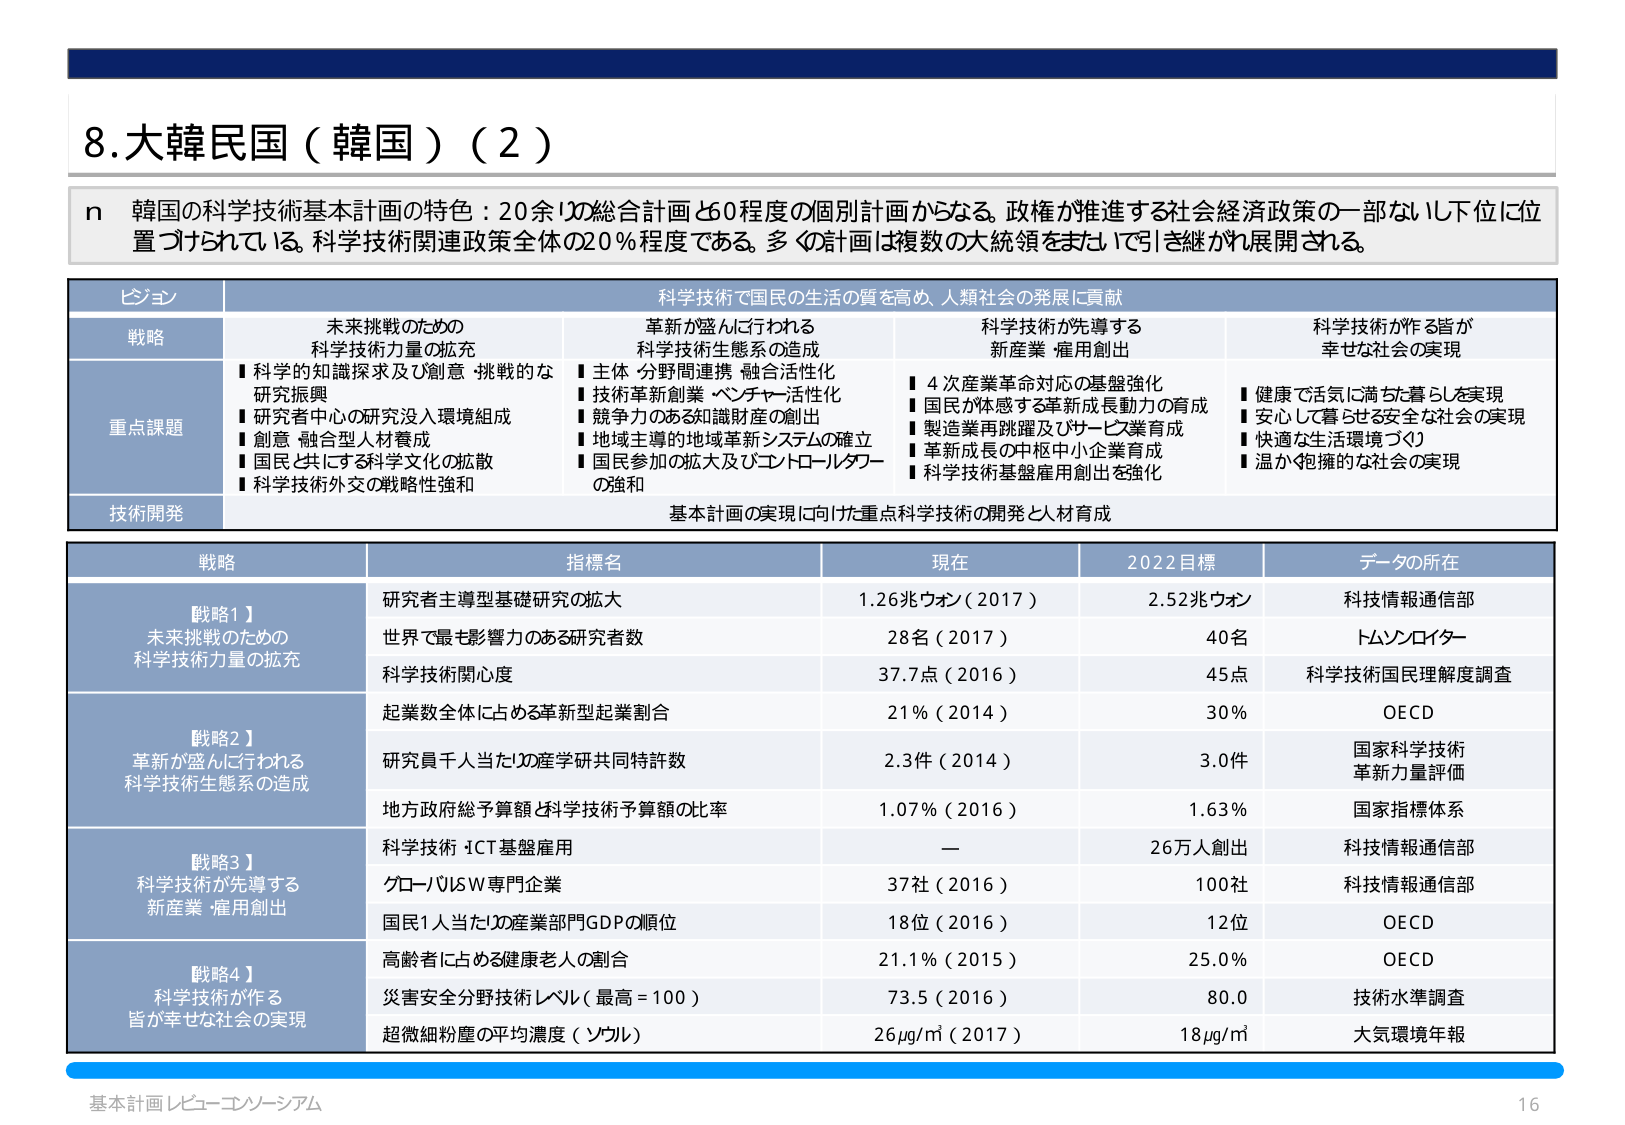
8.大韓民国（韓国）（2）

n 韓国の科学技術基本計画の特色：20余りの総合計画と60程度の個別計画からなる。政権が推進する社会経済政策の一部ないし下位に位置づけられている。科学技術関連政策全体の20％程度である。多くの計画は複数の大統領をまたいで引き継がれ展開される。

ビジョン
科学技術で国民の生活の質を高め、人類社会の発展に貢献

戦略
未来挑戦のための
科学技術力量の拡充
■科学的知識探求及び創意・挑戦的な
研究振興
■研究者中心の研究没入環境組成
■創意・融合型人材養成
■国民と共にする科学文化の拡散
■科学技術外交の戦略性強和

革新が盛んに行われる
科学技術生態系の造成
■主体・分野間連携・融合活性化
■技術革新創業・ベンチャー活性化
■競争力のある知識財産の創出
■地域主導的地域革新システムの確立
■国民参加の拡大及びコントロールパワー
の強和

科学技術が先導する
新産業・雇用創出
■4次産業革命対応の基盤強化
■国民が体感する革新成長動力の育成
■製造業再跳躍及びサービス業育成
■革新成長の中枢中小企業育成
■科学技術基盤雇用創出を強化

科学技術が作る皆が
幸せな社会の実現
■健康で活気に満ちた暮らしを実現
■安心して暮らせる安全な社会の実現
■快適な生活環境づくり
■温かく抱擁的な社会の実現

重点課題

技術開発
基本計画の実現に向けた重点科学技術の開発と人材育成

戦略
指標名
現在
2022目標
データの所在

戦略1】
未来挑戦のための
科学技術力量の拡充
研究者主導型基礎研究の拡大
1.26兆ウォン（2017）
2.52兆ウォン
科技情報通信部

世界で最も影響力のある研究者数
28名（2017）
40名
トムソンロイター

科学技術関心度
37.7点（2016）
45点
科学技術国民理解度調査

起業数全体に占める革新型起業割合
21％（2014）
30％
OECD

戦略2】
革新が盛んに行われる
科学技術生態系の造成
研究員千人当たりの産学研共同特許数
2.3件（2014）
3.0件
国家科学技術
革新力量評価

地方政府総予算額と科学技術予算額の比率
1.07％（2016）
1.63％
国家指標体系

戦略3】
科学技術が先導する
新産業・雇用創出
科学技術・ICT基盤雇用
—
26万人創出
科技情報通信部

グローバルSW専門企業
37社（2016）
100社
科技情報通信部

国民1人当たりの産業部門GDPの順位
18位（2016）
12位
OECD

戦略4】
科学技術が作る
皆が幸せな社会の実現
高齢者に占める健康老人の割合
21.1％（2015）
25.0％
OECD

災害安全分野技術レベル（最高＝100）
73.5（2016）
80.0
技術水準調査

超微細粉塵の平均濃度（ソウル）
26μg/m³（2017）
18μg/m³
大気環境年報

基本計画レビュー・コンソーシアム
16